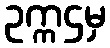
ဥက္ကဌမှ